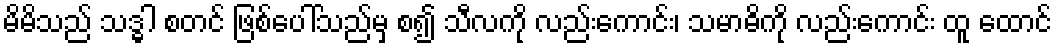
မိမိသည် သဒ္ဓါ စတင် ဖြစ်ပေါ်သည်မှ စ၍ သီလကို လည်းကောင်း၊ သမာဓိကို လည်းကောင်း ထူ ထောင်